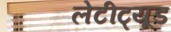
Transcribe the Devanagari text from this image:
लेटीट्यूड